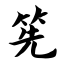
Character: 筅